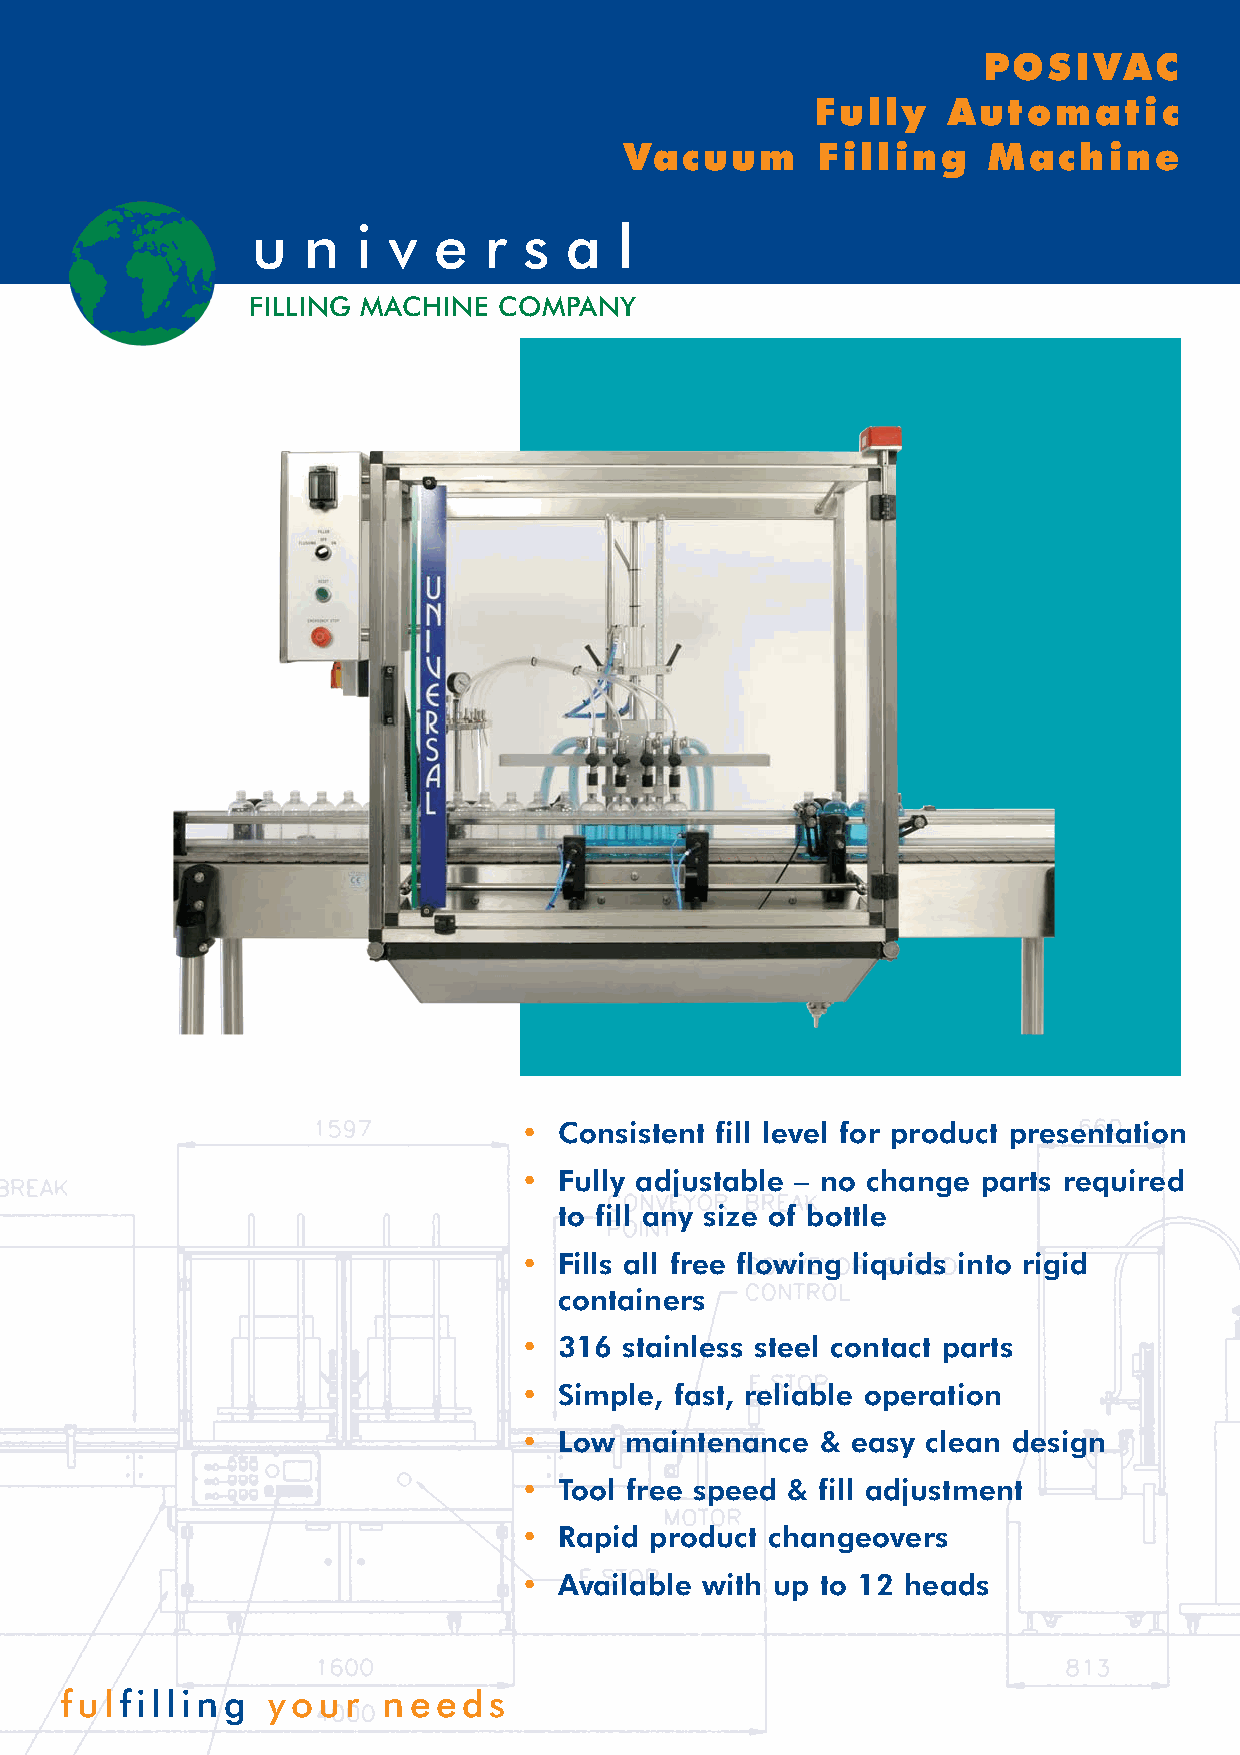
POSIVAC
 Fully    Automatic
 Vacuum       Filling    Machine
 u  n   i v  e  r  s a   l
 FILLING MACHINE  COMPANY
 •  Consistent fill level for product presentation
 •  Fully adjustable – no change parts required
 to fill any size of bottle
 •  Fills all free flowing liquids into rigid
 containers
 •  316 stainless steel contact parts
 •  Simple, fast, reliable operation
 •  Low maintenance  & easy clean design
 •  Tool free speed & fill adjustment
 •  Rapid product changeovers
 •  Available with up to 12 heads
 fulfilling    your   needs